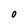
Character: O